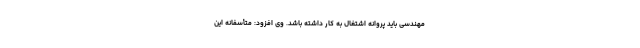
مهندسی باید پروانه اشتغال به کار داشته باشد. وی افزود: متأسفانه این